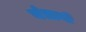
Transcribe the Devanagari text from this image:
यंत्रानी